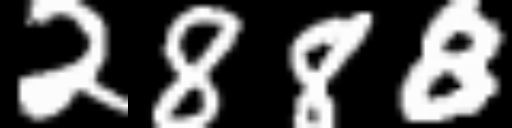
Text: 2888